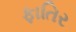
ફાતિર